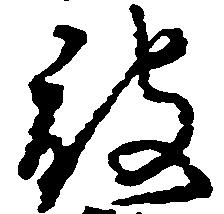
被